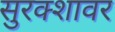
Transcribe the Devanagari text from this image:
सुरक्शावर